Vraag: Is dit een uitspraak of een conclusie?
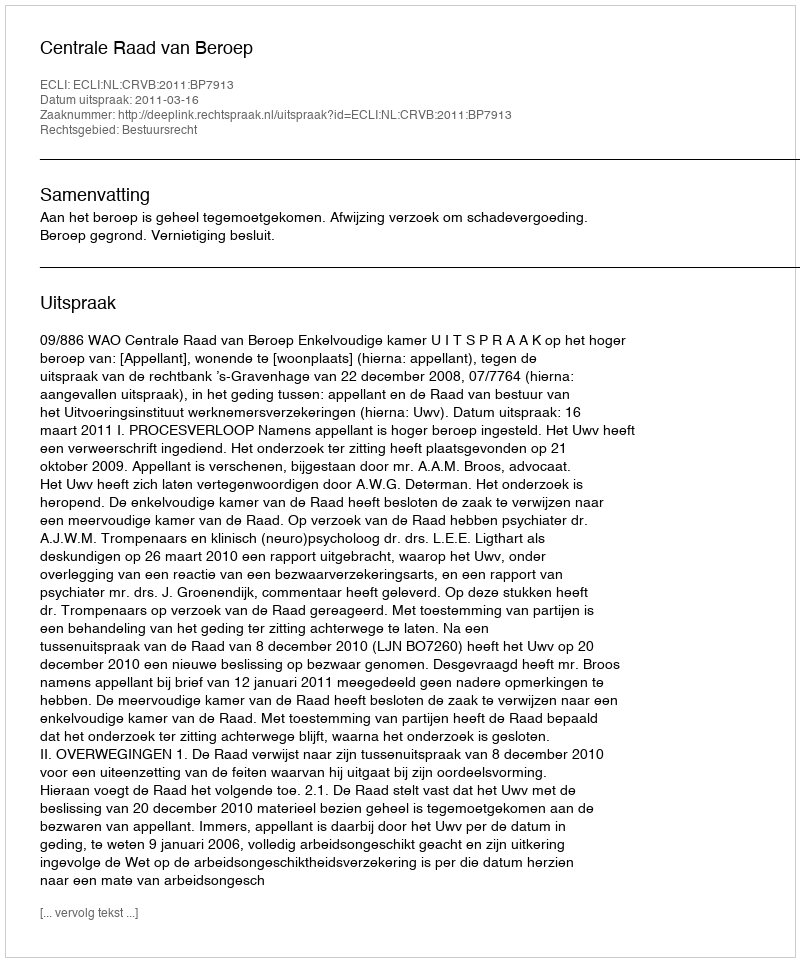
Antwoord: Uitspraak